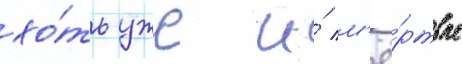
хо́ть уже и́ м'ё́ртвые